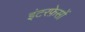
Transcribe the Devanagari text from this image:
इंटरफ़ेसों